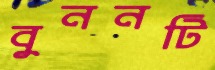
বুননটি